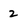
Character: 2